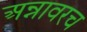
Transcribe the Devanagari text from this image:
अन्नावरच